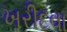
ખરીદવા